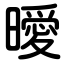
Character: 曖